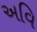
અવિ